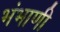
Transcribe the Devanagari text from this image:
भंभाणी